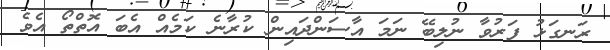
ރަނގަޅު ފަރުވާ ނުލިބޭ ނަމަ އާސަންދައިން ކުރާނެ ކަމެއް އެބަ އޮތްތޯ އެވެ